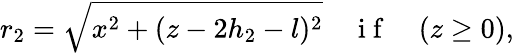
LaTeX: r_{2}=\sqrt{x^{2}+(z-2h_{2}-l)^{2}}\quad\mathrm{~i~f~}\quad(z\geq 0),